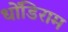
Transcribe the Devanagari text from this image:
धोंडिराम